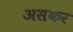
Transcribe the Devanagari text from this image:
असकर